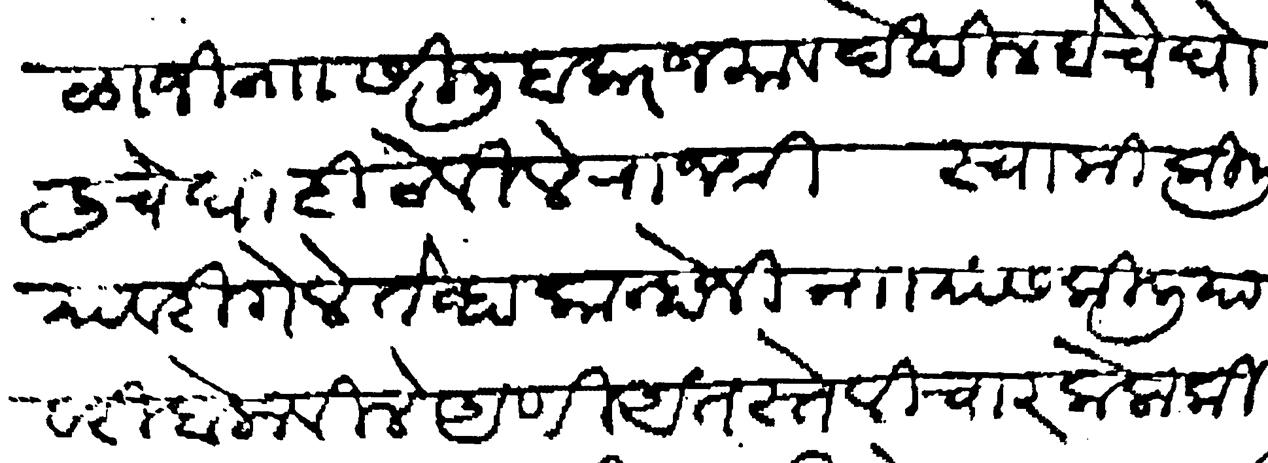
Transliteration (Devanagari): बाळाजी नाा सिलिबकर जमाव देखील बोचे घोलीचे घाटी ठेविले राजश्री स्वामी किलीयावरी गेले तेव्हा कान्होजी नाा यांस किलीयावरी बोलाविले आणी अंतस्ते विचार केला की